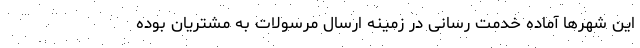
این شهرها آماده خدمت رسانی در زمینه ارسال مرسولات به مشتریان بوده